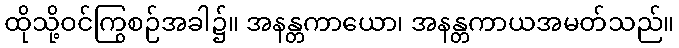
ထိုသို့ဝင်ကြွစဉ်အခါ၌။ အနန္တကာယော၊ အနန္တကာယအမတ်သည်။